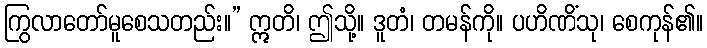
ကြွလာတော်မူစေသတည်း။” ဣတိ၊ ဤသို့။ ဒူတံ၊ တမန်ကို။ ပဟိဏိံသု၊ စေကုန်၏။